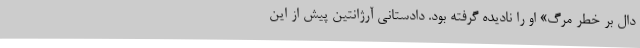
دال بر خطر مرگ» او را نادیده گرفته بود. دادستانی آرژانتین پیش از این